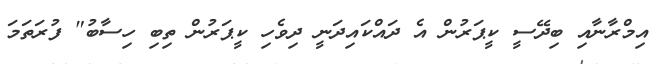
އިމްރާނާއި ބިދޭސީ ކީޕަރުން އެ ދައްކައިދަނީ ދިވެހި ކީޕަރުން ތިބި ހިސާބު" ފުރަތަމަ